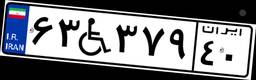
۶۳W۳۷۹۴۰